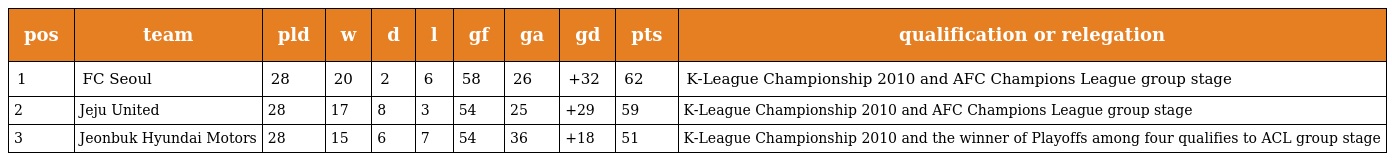
| pos | team | pld | w | d | l | gf | ga | gd | pts | qualification or relegation |
 | --- | --- | --- | --- | --- | --- | --- | --- | --- | --- | --- |
 | 1 | FC Seoul | 28 | 20 | 2 | 6 | 58 | 26 | +32 | 62 | K-League Championship 2010 and AFC Champions League group stage |
 | 2 | Jeju United | 28 | 17 | 8 | 3 | 54 | 25 | +29 | 59 | K-League Championship 2010 and AFC Champions League group stage |
 | 3 | Jeonbuk Hyundai Motors | 28 | 15 | 6 | 7 | 54 | 36 | +18 | 51 | K-League Championship 2010 and the winner of Playoffs among four qualifies to ACL group stage |